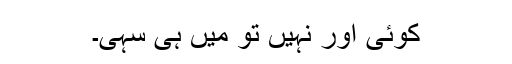
کوئی اور نہیں تو میں ہی سہی۔